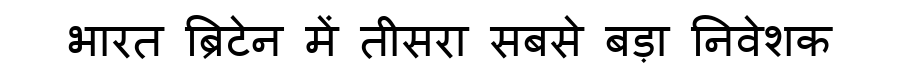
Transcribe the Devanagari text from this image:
भारत ब्रिटेन में तीसरा सबसे बड़ा निवेशक